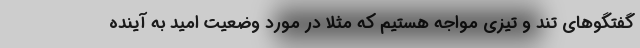
گفتگوهای تند و تیزی مواجه هستیم که مثلا در مورد وضعیت امید به آینده